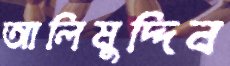
আলিমুদ্দিন